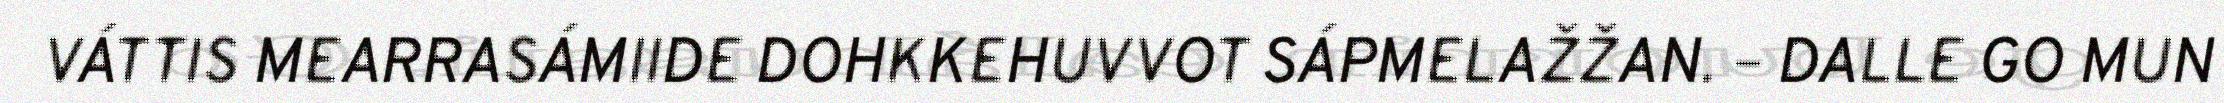
VÁTTIS MEARRASÁMIIDE DOHKKEHUVVOT SÁPMELAŽŽAN. – DALLE GO MUN